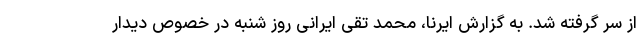
از سر گرفته شد. به گزارش ایرنا، محمد تقی ایرانی روز شنبه در خصوص دیدار